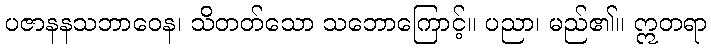
ပဇာနနသဘာဝေန၊ သိတတ်သော သဘောကြောင့်။ ပညာ၊ မည်၏။ ဣတရာ